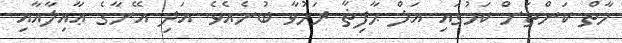
މާތް ކަންތަށް ކަމުގައި އަލް ޙާފިޡާ ރަހުވާ ބުނެއެވެ. އަދި އޭނާގެ ޢާއިލާއާއި